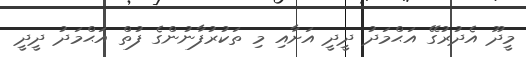
މީދޫ އެދުރުގޭ އަޙްމަދު ދީދީ އަށާއި މި ތަކުރުފާނުންގެ ފުތް އަޙްމަދު ދީދީ